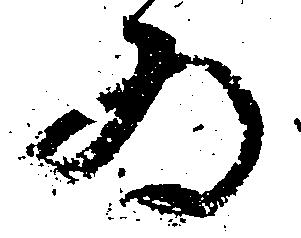
為